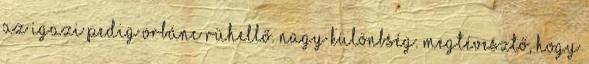
az igazi pedig orbánc rühellő. Nagy különbség. Megtévesztő, hogy